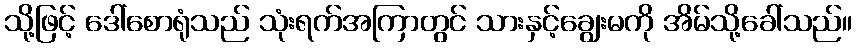
သို့ဖြင့် ဒေါ်စောရုံသည် သုံးရက်အကြာတွင် သားနှင့်ချွေးမကို အိမ်သို့ခေါ်သည်။